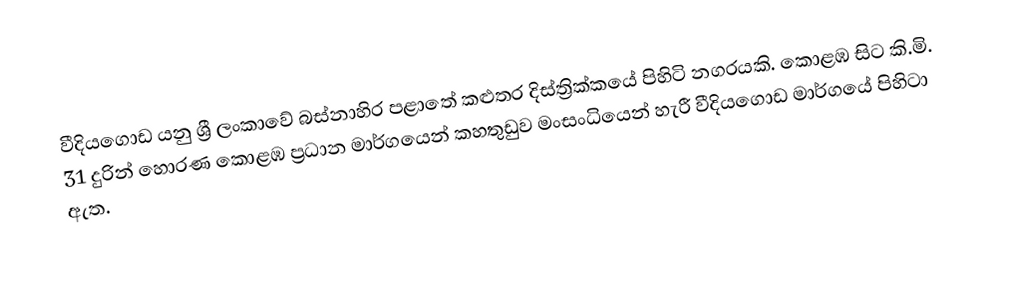
වීදියගොඩ යනු ශ්‍රී ලංකාවේ බස්නාහිර පළාතේ කළුතර දිස්ත්‍රික්කයේ පිහිටි නගරයකි. කොළඹ සිට කි.මි. 31 දුරින් හොරණ කොළඹ ප්‍රධාන මාර්ගයෙන් කහතුඩුව මංසංධියෙන් හැරී වීදියගොඩ මාර්ගයේ පිහිටා ඇත.